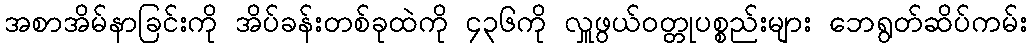
အစာအိမ်နာခြင်းကို အိပ်ခန်းတစ်ခုထဲကို ၄၃၆ကို လှူဖွယ်ဝတ္တုပစ္စည်းများ ဘေရွတ်ဆိပ်ကမ်း